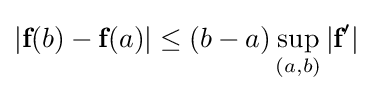
|{\textbf {f}}(b)-{\textbf {f}}(a)|\leq (b-a)\sup _{(a,b)}|{\textbf {f}}'|